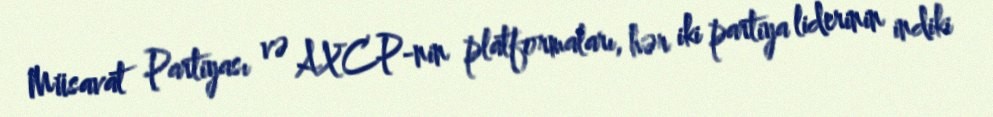
Müsavat Partiyası və AXCP-nin platformaları, hər iki partiya liderinin indiki